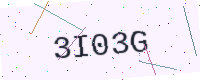
Text: 3I03G